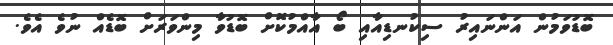
ބޮޑުވަމުން އަންނައިރު ސިކުނޑިއާއި ބޯ އާއްމުކޮށް ބޮޑުވާ މިންވަރަށް ބޮޑެއް ނުވެ އެވެ.